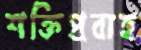
শক্তিপ্রবাহ